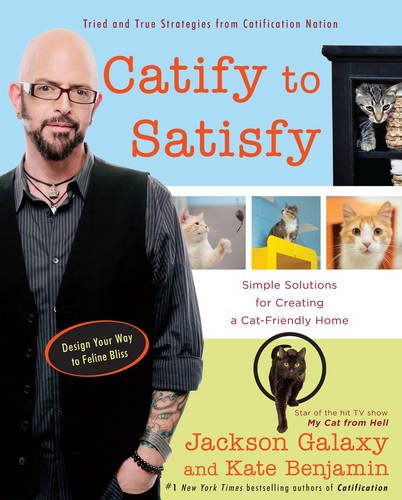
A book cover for Catify to Satisfy: Simple Solutions for Creating a Cat-Friendly Home; Jackson Galaxy; Crafts, Hobbies & Home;